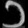
Digit: ၁